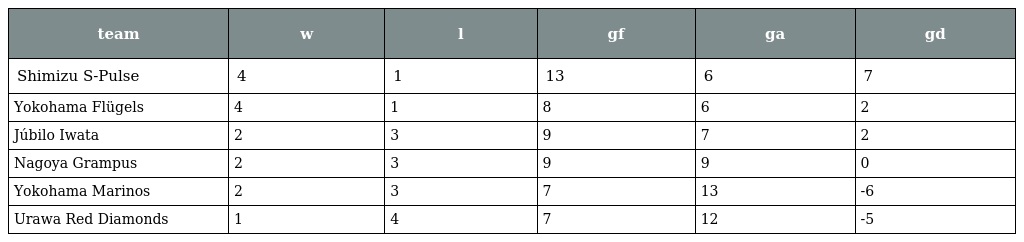
| team | w | l | gf | ga | gd |
 | --- | --- | --- | --- | --- | --- |
 | Shimizu S-Pulse | 4 | 1 | 13 | 6 | 7 |
 | Yokohama Flügels | 4 | 1 | 8 | 6 | 2 |
 | Júbilo Iwata | 2 | 3 | 9 | 7 | 2 |
 | Nagoya Grampus | 2 | 3 | 9 | 9 | 0 |
 | Yokohama Marinos | 2 | 3 | 7 | 13 | -6 |
 | Urawa Red Diamonds | 1 | 4 | 7 | 12 | -5 |